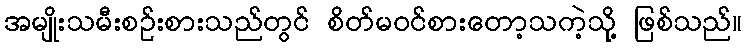
အမျိုးသမီးစဉ်းစားသည်တွင် စိတ်မဝင်စားတော့သကဲ့သို့ ဖြစ်သည်။